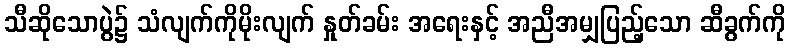
သီဆိုသောပွဲ၌ သံလျက်ကိုမိုးလျက် နှုတ်ခမ်း အရေးနှင့် အညီအမျှပြည့်သော ဆီခွက်ကို